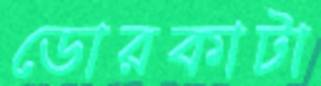
ডোরকাটা